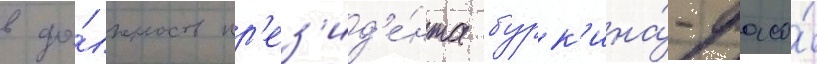
в до́лжность пр'ез'ид'е́нта бурк'ина́-фасо́